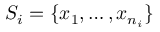
S _ { i } = \{ x _ { 1 } , \dots , x _ { n _ { i } } \}